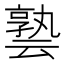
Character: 𪜟